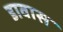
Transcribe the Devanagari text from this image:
डावास